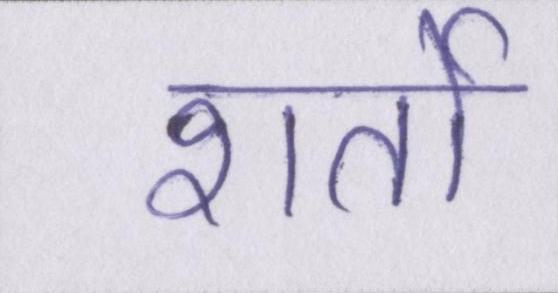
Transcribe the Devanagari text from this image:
शर्तो